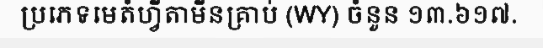
ប្រភេទមេតំហ្វីតាមីនគ្រាប់ (WY) ចំនួន ១៣.៦១៧.